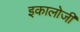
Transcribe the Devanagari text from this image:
इकालोजी